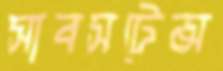
সাবসটেন্স